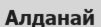
Алданай